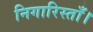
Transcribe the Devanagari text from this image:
निगारिस्ताँ।